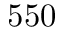
5 5 0